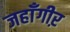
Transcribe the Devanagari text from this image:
जहाँगीऱ